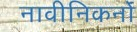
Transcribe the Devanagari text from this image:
नावीनिकर्नों